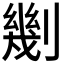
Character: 𠟣